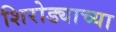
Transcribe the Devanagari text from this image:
शिरोड्याच्या